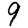
Digit: 9